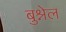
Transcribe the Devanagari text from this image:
बुश्नेल